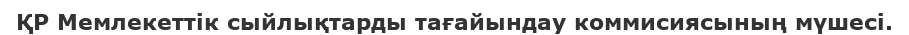
ҚР Мемлекеттік сыйлықтарды тағайындау коммисиясының мүшесі.